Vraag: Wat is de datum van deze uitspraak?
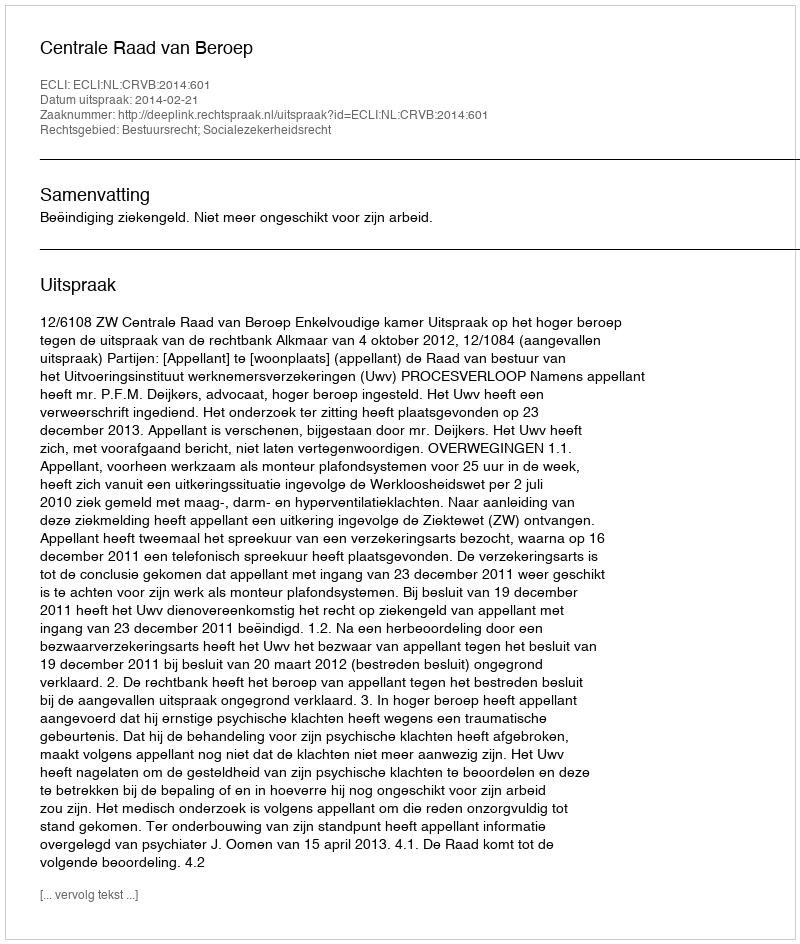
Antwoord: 2014-02-21